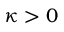
\kappa > 0